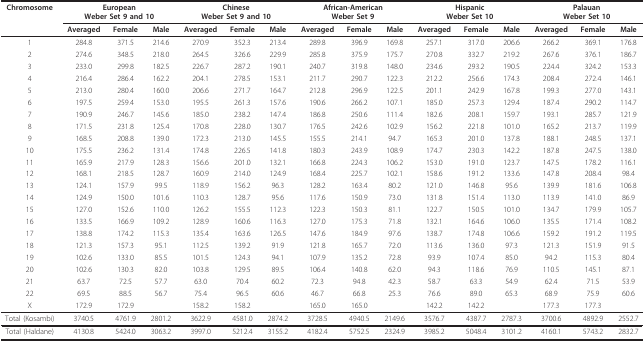
<table><thead><tr><td><b>Chromosome</b></td><td colspan="3"><b>EuropeanWeber Set 9 and 10</b></td><td colspan="3"><b>ChineseWeber Set 9 and 10</b></td><td colspan="3"><b>African-AmericanWeber Set 9</b></td><td colspan="3"><b>HispanicWeber Set 10</b></td><td colspan="3"><b>PalauanWeber Set 10</b></td></tr><tr><td></td><td><b>Averaged</b></td><td><b>Female</b></td><td><b>Male</b></td><td><b>Averaged</b></td><td><b>Female</b></td><td><b>Male</b></td><td><b>Averaged</b></td><td><b>Female</b></td><td><b>Male</b></td><td><b>Averaged</b></td><td><b>Female</b></td><td><b>Male</b></td><td><b>Averaged</b></td><td><b>Female</b></td><td><b>Male</b></td></tr></thead><tbody><tr><td>1</td><td>284.8</td><td>371.5</td><td>214.6</td><td>270.9</td><td>352.3</td><td>213.4</td><td>289.8</td><td>396.9</td><td>169.8</td><td>257.1</td><td>317.0</td><td>206.6</td><td>266.2</td><td>369.1</td><td>176.8</td></tr><tr><td>2</td><td>274.6</td><td>348.5</td><td>218.0</td><td>264.5</td><td>326.6</td><td>229.9</td><td>285.8</td><td>375.9</td><td>175.7</td><td>270.8</td><td>332.7</td><td>219.2</td><td>267.6</td><td>376.1</td><td>186.7</td></tr><tr><td>3</td><td>233.0</td><td>299.8</td><td>182.5</td><td>226.7</td><td>287.2</td><td>190.1</td><td>240.7</td><td>319.8</td><td>148.0</td><td>234.6</td><td>293.2</td><td>190.5</td><td>224.4</td><td>324.2</td><td>153.3</td></tr><tr><td>4</td><td>216.4</td><td>286.4</td><td>162.2</td><td>204.1</td><td>278.5</td><td>153.1</td><td>211.7</td><td>290.7</td><td>122.3</td><td>212.2</td><td>256.6</td><td>174.3</td><td>208.4</td><td>272.4</td><td>146.1</td></tr><tr><td>5</td><td>213.0</td><td>280.4</td><td>160.0</td><td>206.6</td><td>271.7</td><td>164.7</td><td>212.8</td><td>296.9</td><td>122.5</td><td>201.1</td><td>242.9</td><td>167.8</td><td>199.3</td><td>277.0</td><td>143.1</td></tr><tr><td>6</td><td>197.5</td><td>259.4</td><td>153.0</td><td>195.5</td><td>261.3</td><td>157.6</td><td>190.6</td><td>266.2</td><td>107.1</td><td>185.0</td><td>257.3</td><td>129.4</td><td>187.4</td><td>290.2</td><td>114.7</td></tr><tr><td>7</td><td>190.9</td><td>246.7</td><td>145.6</td><td>185.0</td><td>238.2</td><td>147.4</td><td>186.8</td><td>250.6</td><td>111.4</td><td>182.6</td><td>208.1</td><td>159.7</td><td>193.1</td><td>285.7</td><td>121.9</td></tr><tr><td>8</td><td>171.5</td><td>231.8</td><td>125.4</td><td>170.8</td><td>228.0</td><td>130.7</td><td>176.5</td><td>242.6</td><td>102.9</td><td>156.2</td><td>221.8</td><td>101.0</td><td>165.2</td><td>213.7</td><td>119.9</td></tr><tr><td>9</td><td>168.5</td><td>208.8</td><td>139.0</td><td>172.3</td><td>213.0</td><td>145.5</td><td>155.5</td><td>214.1</td><td>94.7</td><td>165.3</td><td>201.0</td><td>137.8</td><td>188.1</td><td>248.5</td><td>137.1</td></tr><tr><td>10</td><td>175.5</td><td>236.2</td><td>131.4</td><td>174.8</td><td>226.5</td><td>141.8</td><td>180.3</td><td>243.9</td><td>108.9</td><td>174.7</td><td>230.3</td><td>142.2</td><td>187.8</td><td>247.5</td><td>138.0</td></tr><tr><td>11</td><td>165.9</td><td>217.9</td><td>128.3</td><td>156.6</td><td>201.0</td><td>132.1</td><td>166.8</td><td>224.3</td><td>106.2</td><td>153.0</td><td>191.0</td><td>123.7</td><td>147.5</td><td>178.2</td><td>116.1</td></tr><tr><td>12</td><td>168.1</td><td>218.5</td><td>128.7</td><td>160.9</td><td>214.0</td><td>124.9</td><td>168.4</td><td>225.7</td><td>102.1</td><td>158.6</td><td>191.2</td><td>133.6</td><td>147.8</td><td>208.4</td><td>98.4</td></tr><tr><td>13</td><td>124.1</td><td>157.9</td><td>99.5</td><td>118.9</td><td>156.2</td><td>96.3</td><td>128.2</td><td>163.4</td><td>80.2</td><td>121.0</td><td>146.8</td><td>95.6</td><td>139.9</td><td>181.6</td><td>106.8</td></tr><tr><td>14</td><td>124.9</td><td>150.0</td><td>101.6</td><td>110.3</td><td>128.7</td><td>95.6</td><td>117.6</td><td>150.9</td><td>73.0</td><td>131.8</td><td>151.4</td><td>113.0</td><td>113.9</td><td>141.0</td><td>86.9</td></tr><tr><td>15</td><td>127.0</td><td>152.6</td><td>110.0</td><td>126.2</td><td>155.5</td><td>112.3</td><td>122.3</td><td>150.3</td><td>81.1</td><td>122.7</td><td>150.5</td><td>101.0</td><td>134.7</td><td>179.9</td><td>105.7</td></tr><tr><td>16</td><td>133.5</td><td>166.9</td><td>109.2</td><td>128.9</td><td>160.6</td><td>116.3</td><td>127.0</td><td>175.3</td><td>71.8</td><td>132.1</td><td>164.6</td><td>106.0</td><td>135.5</td><td>171.4</td><td>108.2</td></tr><tr><td>17</td><td>138.8</td><td>174.2</td><td>115.3</td><td>135.4</td><td>163.6</td><td>126.5</td><td>147.6</td><td>184.9</td><td>97.6</td><td>138.7</td><td>174.8</td><td>106.6</td><td>159.2</td><td>191.2</td><td>119.5</td></tr><tr><td>18</td><td>121.3</td><td>157.3</td><td>95.1</td><td>112.5</td><td>139.2</td><td>91.9</td><td>121.8</td><td>165.7</td><td>72.0</td><td>113.6</td><td>136.0</td><td>97.3</td><td>121.3</td><td>151.9</td><td>91.5</td></tr><tr><td>19</td><td>102.6</td><td>133.0</td><td>85.5</td><td>101.5</td><td>124.3</td><td>94.1</td><td>107.9</td><td>135.2</td><td>72.8</td><td>93.9</td><td>107.4</td><td>85.0</td><td>94.2</td><td>115.3</td><td>80.4</td></tr><tr><td>20</td><td>102.6</td><td>130.3</td><td>82.0</td><td>103.8</td><td>129.5</td><td>89.5</td><td>106.4</td><td>140.8</td><td>62.0</td><td>94.3</td><td>118.6</td><td>76.9</td><td>110.5</td><td>145.1</td><td>87.1</td></tr><tr><td>21</td><td>63.7</td><td>72.5</td><td>57.7</td><td>63.0</td><td>70.4</td><td>60.2</td><td>72.3</td><td>94.8</td><td>42.3</td><td>58.7</td><td>63.3</td><td>54.9</td><td>62.4</td><td>71.5</td><td>53.9</td></tr><tr><td>22</td><td>69.5</td><td>88.5</td><td>56.7</td><td>75.4</td><td>96.5</td><td>60.6</td><td>46.7</td><td>66.8</td><td>25.3</td><td>76.6</td><td>89.0</td><td>65.3</td><td>68.9</td><td>75.9</td><td>60.6</td></tr><tr><td>X</td><td>172.9</td><td>172.9</td><td></td><td>158.2</td><td>158.2</td><td></td><td>165.0</td><td>165.0</td><td></td><td>142.2</td><td>142.2</td><td></td><td>177.3</td><td>177.3</td><td></td></tr><tr><td>Total (Kosambi)</td><td>3740.5</td><td>4761.9</td><td>2801.2</td><td>3622.9</td><td>4581.0</td><td>2874.2</td><td>3728.5</td><td>4940.5</td><td>2149.6</td><td>3576.7</td><td>4387.7</td><td>2787.3</td><td>3700.6</td><td>4892.9</td><td>2552.7</td></tr><tr><td>Total (Haldane)</td><td>4130.8</td><td>5424.0</td><td>3063.2</td><td>3997.0</td><td>5212.4</td><td>3155.2</td><td>4182.4</td><td>5752.5</td><td>2324.9</td><td>3985.2</td><td>5048.4</td><td>3101.2</td><td>4160.1</td><td>5743.2</td><td>2832.7</td></tr></tbody></table>